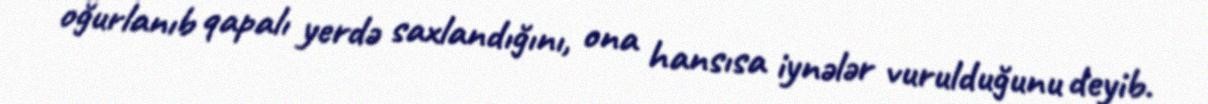
oğurlanıb qapalı yerdə saxlandığını, ona hansısa iynələr vurulduğunu deyib.